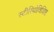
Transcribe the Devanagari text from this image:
स्टीरियोविशिष्ट